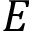
E